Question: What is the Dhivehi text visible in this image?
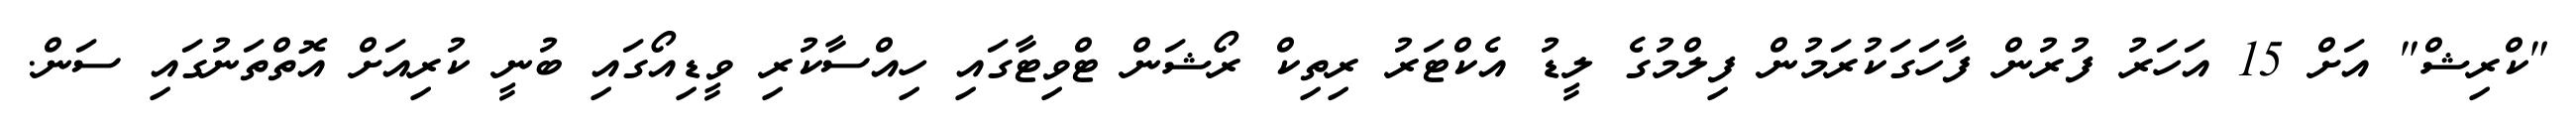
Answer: "ކްރިޝް" އަށް 15 އަހަރު ފުރުން ފާހަގަކުރަމުން ފިލްމުގެ ލީޑު އެކްޓަރު ރިތިކް ރޯޝަން ޓްވިޓާގައި ހިއްސާކުރި ވީޑިއޯގައި ބުނީ ކުރިއަށް އޮތްތަނުގައި ސަން.